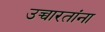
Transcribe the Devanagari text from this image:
उच्चारतांना